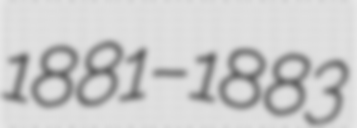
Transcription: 1881–1883